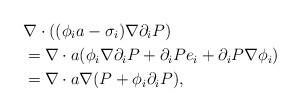
\begin{align*}&\nabla \cdot ((\phi_i a-\sigma_i)\nabla \partial_i P)\\&=\nabla \cdot a(\phi_i \nabla \partial_i P+\partial_i P e_i+\partial_i P\nabla \phi_i)\\&=\nabla \cdot a\nabla (P+\phi_i \partial_i P),\end{align*}